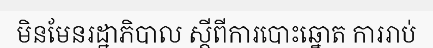
មិនមែនរដ្ឋាភិបាល ស្តីពីការបោះឆ្នោត ការរាប់